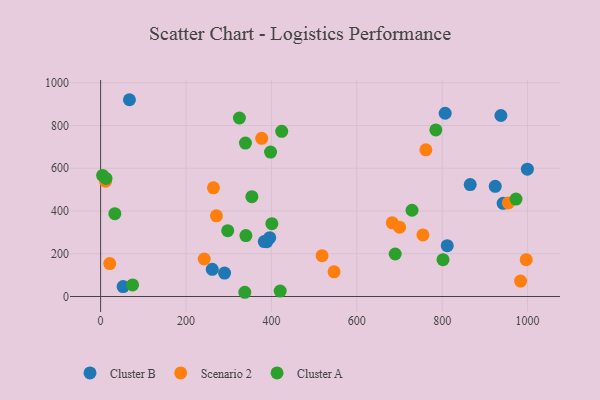
{"axis": {"x": "Engine Size", "y": "Rating"}, "legend": ["Cluster A", "Cluster B", "Scenario 2"], "data": [{"x": "389.1", "y": 256.4, "type": "Cluster B"}, {"x": "396.1", "y": 275.1, "type": "Cluster B"}, {"x": "924.3", "y": 515.2, "type": "Cluster B"}, {"x": "999.6", "y": 595.4, "type": "Cluster B"}, {"x": "811.9", "y": 237.9, "type": "Cluster B"}, {"x": "383.3", "y": 257.1, "type": "Cluster B"}, {"x": "67.5", "y": 920.5, "type": "Cluster B"}, {"x": "290.3", "y": 109.7, "type": "Cluster B"}, {"x": "52.7", "y": 46.5, "type": "Cluster B"}, {"x": "865.7", "y": 523.6, "type": "Cluster B"}, {"x": "261.5", "y": 127.3, "type": "Cluster B"}, {"x": "807.1", "y": 857.2, "type": "Cluster B"}, {"x": "942.8", "y": 435.9, "type": "Cluster B"}, {"x": "937.6", "y": 846.7, "type": "Cluster B"}, {"x": "518.7", "y": 190.8, "type": "Scenario 2"}, {"x": "683.1", "y": 344.5, "type": "Scenario 2"}, {"x": "754.9", "y": 287.9, "type": "Scenario 2"}, {"x": "377.3", "y": 739.8, "type": "Scenario 2"}, {"x": "271.3", "y": 377.6, "type": "Scenario 2"}, {"x": "761.9", "y": 686.3, "type": "Scenario 2"}, {"x": "955.0", "y": 437.9, "type": "Scenario 2"}, {"x": "983.7", "y": 72.1, "type": "Scenario 2"}, {"x": "996.9", "y": 172.1, "type": "Scenario 2"}, {"x": "700.2", "y": 324.1, "type": "Scenario 2"}, {"x": "11.5", "y": 539.1, "type": "Scenario 2"}, {"x": "242.7", "y": 175.5, "type": "Scenario 2"}, {"x": "264.3", "y": 508.5, "type": "Scenario 2"}, {"x": "546.8", "y": 115.6, "type": "Scenario 2"}, {"x": "21.4", "y": 153.9, "type": "Scenario 2"}, {"x": "337.7", "y": 19.8, "type": "Cluster A"}, {"x": "354.3", "y": 466.9, "type": "Cluster A"}, {"x": "4.7", "y": 566.5, "type": "Cluster A"}, {"x": "401.1", "y": 340.6, "type": "Cluster A"}, {"x": "972.9", "y": 455.7, "type": "Cluster A"}, {"x": "12.6", "y": 552.5, "type": "Cluster A"}, {"x": "420.6", "y": 25.4, "type": "Cluster A"}, {"x": "398.0", "y": 675.5, "type": "Cluster A"}, {"x": "785.2", "y": 779.2, "type": "Cluster A"}, {"x": "339.2", "y": 717.6, "type": "Cluster A"}, {"x": "74.9", "y": 54.3, "type": "Cluster A"}, {"x": "325.1", "y": 835.0, "type": "Cluster A"}, {"x": "424.2", "y": 772.8, "type": "Cluster A"}, {"x": "802.0", "y": 172.4, "type": "Cluster A"}, {"x": "297.7", "y": 307.8, "type": "Cluster A"}, {"x": "340.3", "y": 285.0, "type": "Cluster A"}, {"x": "729.4", "y": 403.5, "type": "Cluster A"}, {"x": "33.3", "y": 387.5, "type": "Cluster A"}, {"x": "690.0", "y": 198.8, "type": "Cluster A"}]}